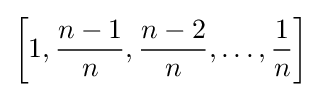
\left[1,{\frac {n-1}{n}},{\frac {n-2}{n}},\dots ,{\frac {1}{n}}\right]